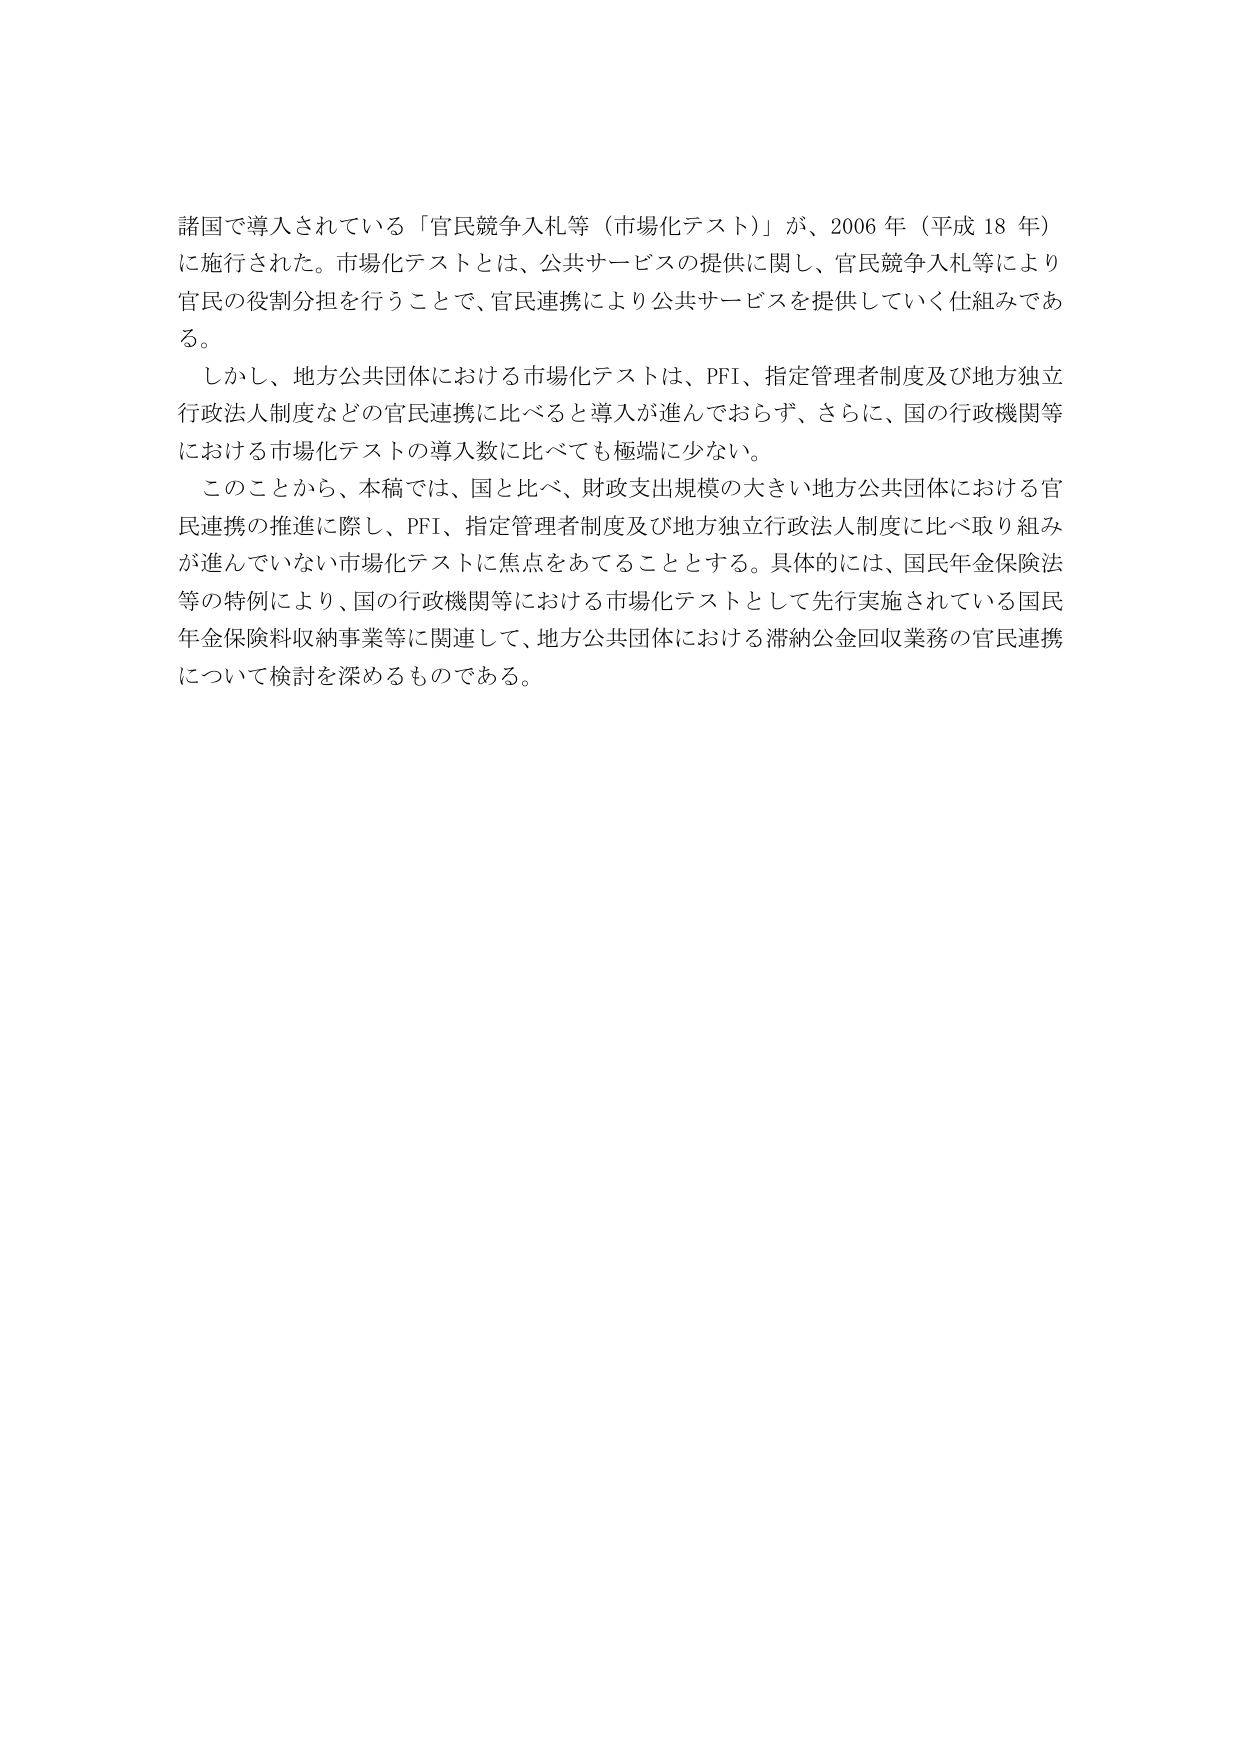
諸国で導入されている「官民競争入札等（市場化テスト）」が、2006年（平成18年）に施行された。市場化テストとは、公共サービスの提供に関し、官民競争入札等により官民の役割分担を行うことで、官民連携により公共サービスを提供していく仕組みである。

しかし、地方公共団体における市場化テストは、PFI、指定管理者制度及び地方独立行政法人制度などの官民連携に比べると導入が進んでおらず、さらに、国の行政機関等における市場化テストの導入数に比べても極端に少ない。

このことから、本稿では、国と比べ、財政支出規模の大きい地方公共団体における官民連携の推進に際し、PFI、指定管理者制度及び地方独立行政法人制度に比べ取り組みが進んでいない市場化テストに焦点をあてることとする。具体的には、国民年金保険法等の特例により、国の行政機関等における市場化テストとして先行実施されている国民年金保険料収納事業等に関連して、地方公共団体における滞納公金回収業務の官民連携について検討を深めるものである。